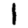
Digit: 1